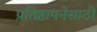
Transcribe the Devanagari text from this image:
प्रतिष्ठापनेसाठी